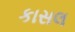
કાસલ